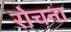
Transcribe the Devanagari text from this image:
रोचना